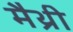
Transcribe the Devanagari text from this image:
मैथ्री